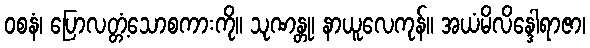
ဝစနံ၊ ပြောလတ္တံ့သောစကားကို။ သုဏန္တု၊ နာယူလေကုန်။ အယံမိလိန္ဒေါရာဇာ၊